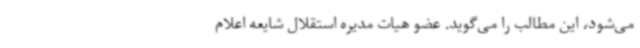
می‌شود، این مطالب را می‌گوید. عضو هیات مدیره استقلال شایعه اعلام